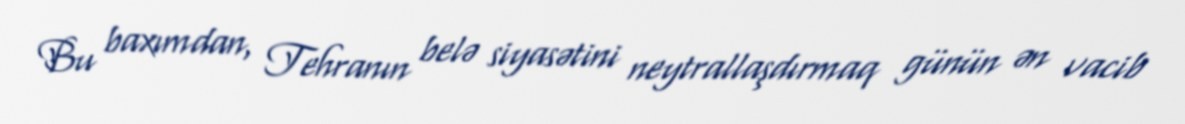
Bu baxımdan, Tehranın belə siyasətini neytrallaşdırmaq günün ən vacib